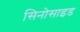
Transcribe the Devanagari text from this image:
सिनोसाइड